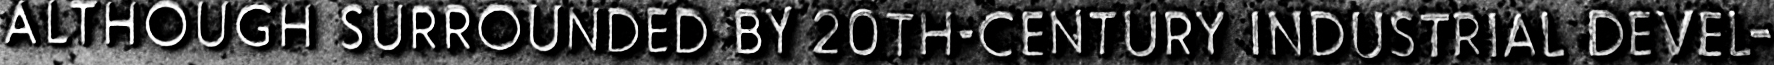
ALIHOUGH SURROUNDED BY 20TH-CENTURY INDUSTRIAL DEVEL-